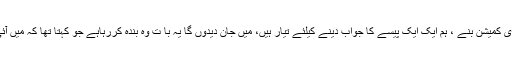
انہوں نے کہا کہ ہم نے جو قرضہ لیا ، کوئی بھی انکوائری کمیشن بنے ، ہم ایک ایک پیسے کا جواب دینے کیلئے تیار ہیں، میں جان دیدوں گا یہ با ت وہ بندہ کررہاہے جو کہتا تھا کہ میں آئی ایم ایف کے پاس جانے کی بجائے خود کشی کرلوں گا ۔